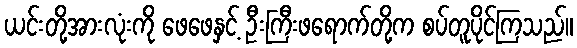
ယင်းတို့အားလုံးကို ဖေဖေနှင့် ဦးကြီးဖရောက်တို့က စပ်တူပိုင်ကြသည်။